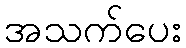
အသက်ပေး